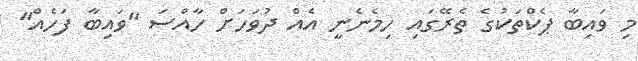
މި ވައިބާ ޕެކްތަކުގެ ތެރޭގައި ހިމެނެނީ އެއް ދުވަހަށް ހާއްސަ "ވައިބާ ފަހެއް"